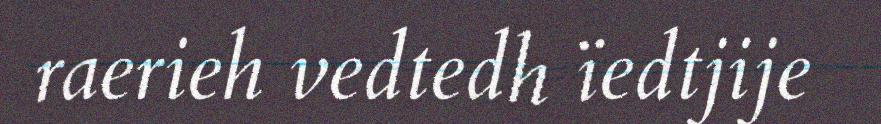
raerieh vedtedh ïedtjije